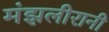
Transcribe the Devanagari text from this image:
मंझलीरानी